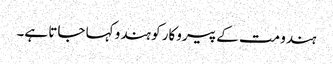
ہندو مت کے پیروکار کو ہندو کہا جاتا ہے۔